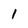
Character: 1